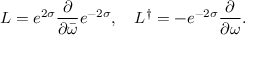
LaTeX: L = e ^ { 2 \sigma } \frac { \partial } { \partial \bar { \omega } } e ^ { - 2 \sigma } , \ \ \ L ^ { \dag } = - e ^ { - 2 \sigma } \frac { \partial } { \partial \omega } .